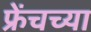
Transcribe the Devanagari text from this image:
फ्रेंचच्या